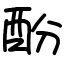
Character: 酚